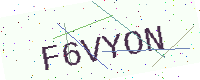
Text: F6VYON